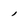
Character: 1